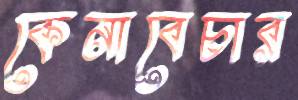
কেনাবেচার